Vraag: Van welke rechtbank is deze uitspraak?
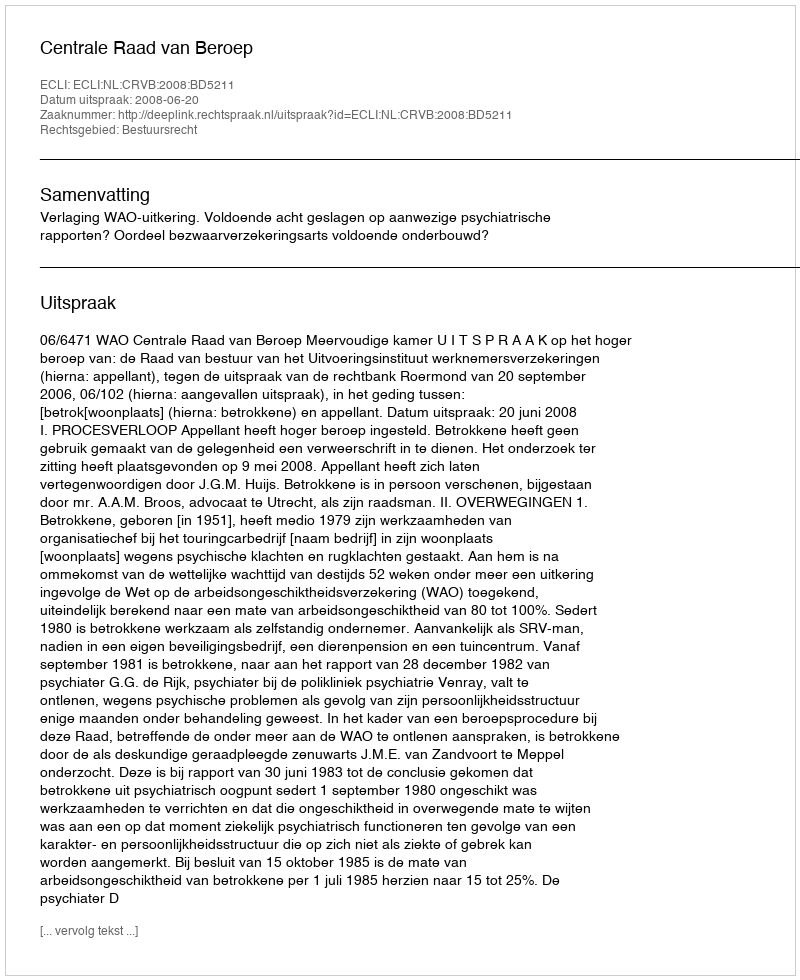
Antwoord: Centrale Raad van Beroep